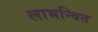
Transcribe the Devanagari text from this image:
लाभन्वित